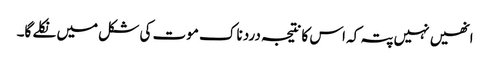
انھیں نہیں پتہ کہ اس کا نتیجہ درد ناک موت کی شکل میں نکلے گا۔